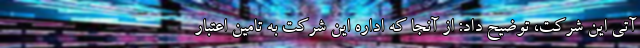
آتی این شرکت، توضیح داد: از آنجا که اداره این شرکت به تامین اعتبار